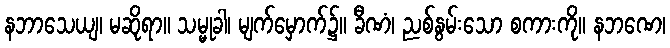
နဘာသေယျ၊ မဆိုရာ။ သမ္မုခါ၊ မျက်မှောက်၌။ ခီဏံ၊ ညစ်နွမ်းသော စကားကို။ နဘဏေ၊